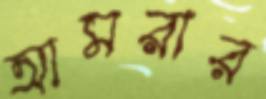
আমরার